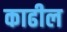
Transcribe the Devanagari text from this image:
काढील